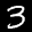
Label: 3